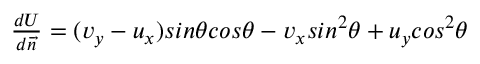
\begin{array} { r } { \frac { d U } { d \protect \overrightarrow { n } } = ( v _ { y } - u _ { x } ) s i n \theta c o s \theta - v _ { x } s i n ^ { 2 } \theta + u _ { y } c o s ^ { 2 } \theta } \end{array}